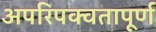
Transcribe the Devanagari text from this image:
अपरिपक्वतापूर्ण